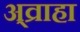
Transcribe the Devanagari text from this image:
अ्व्राहा